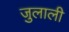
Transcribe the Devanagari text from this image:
जुलाली